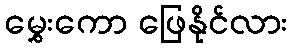
မွှေးကော ဖြေနိုင်လား